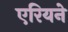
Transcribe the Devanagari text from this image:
एरियने